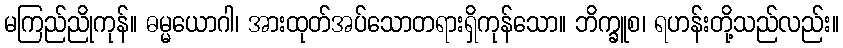
မကြည်ညိုကုန်။ ဓမ္မယောဂါ၊ အားထုတ်အပ်သောတရားရှိကုန်သော။ ဘိက္ခူစ၊ ရဟန်းတို့သည်လည်း။